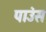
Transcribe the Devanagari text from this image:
पाउंस